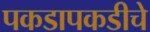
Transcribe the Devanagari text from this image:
पकडापकडीचे